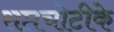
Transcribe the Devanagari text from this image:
सप्तचोटीके